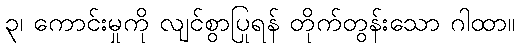
၃၊ ကောင်းမှုကို လျင်စွာပြုရန် တိုက်တွန်းသော ဂါထာ။